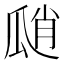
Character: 𤫾